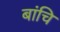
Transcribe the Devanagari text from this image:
बांचि